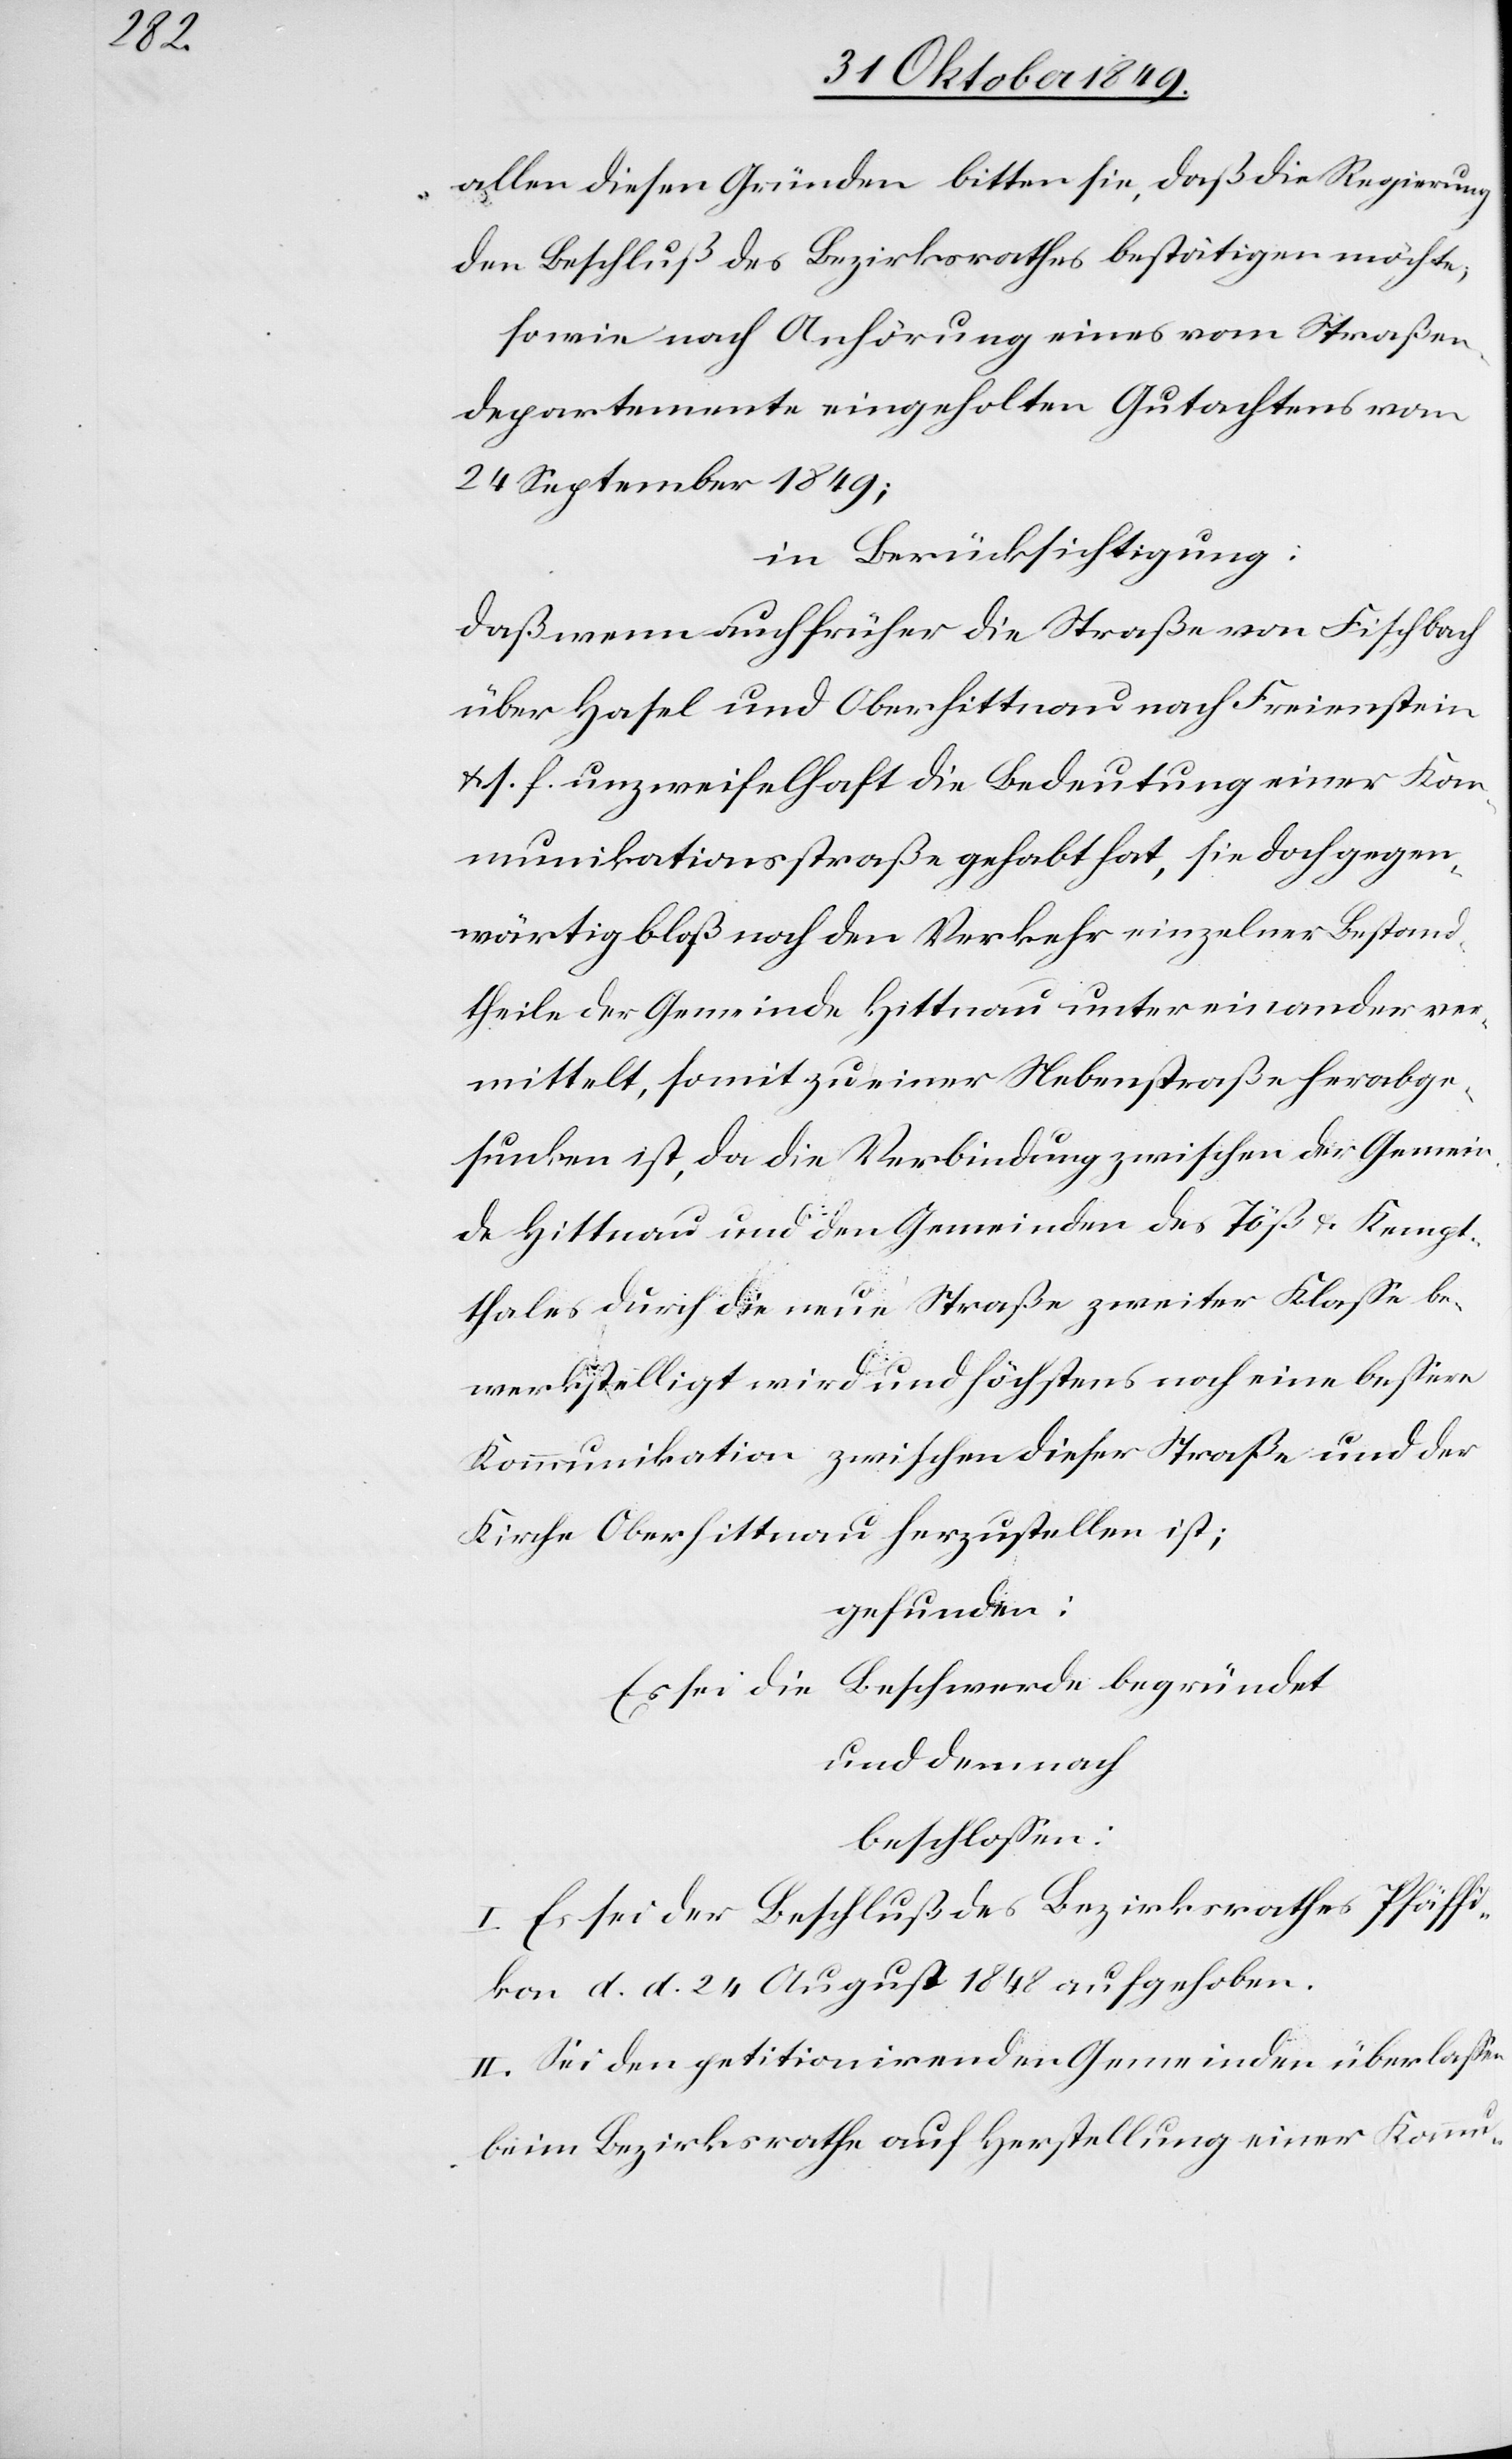
allen diesen Gründen bitten sie, daß die Regierung
den Beschluß des Bezirksrathes bestätigen möchte;
sowie nach Anhörung eines vom Straßen¬
departemente eingeholten Gutachtens vom
24 September 1849;
in Berücksichtigung:
daß wenn auch früher die Straße von Fischbach
über Hasel und Oberhittnau nach Freienstein
u. s. f. unzweifelhaft die Bedeutung einer Kom¬
munikationsstraße gehabt hat, sie doch gegen¬
wärtig bloß noch den Verkehr einzelner Bestand¬
theile der Gemeinde Hittnau unter einander ver¬
mittelt, somit zu einer Nebenstraße herabge¬
sunken ist, da die Verbindung zwischen der Gemein¬
de Hittnau und den Gemeinden des Töß- u. Kempt¬
thales durch die neue Straße zweiter Klaße be¬
werkstelligt wird und höchstens noch eine beßere
Kommunikation zwischen dieser Straße und der
Kirche Oberhittnau herzustellen ist;
gefunden:
Es sei die Beschwerde begründet
und demnach
beschloßen:
I. Es sei der Beschluß des Bezirksrathes Pfäffi¬
kon d. d. 24 August 1848 aufgehoben.
II. Sei den petitionirenden Gemeinden überlaßen
beim Bezirksrathe auf Herstellung einer Kommu-